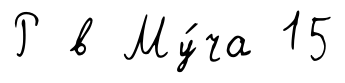
Р в Му́ча 15